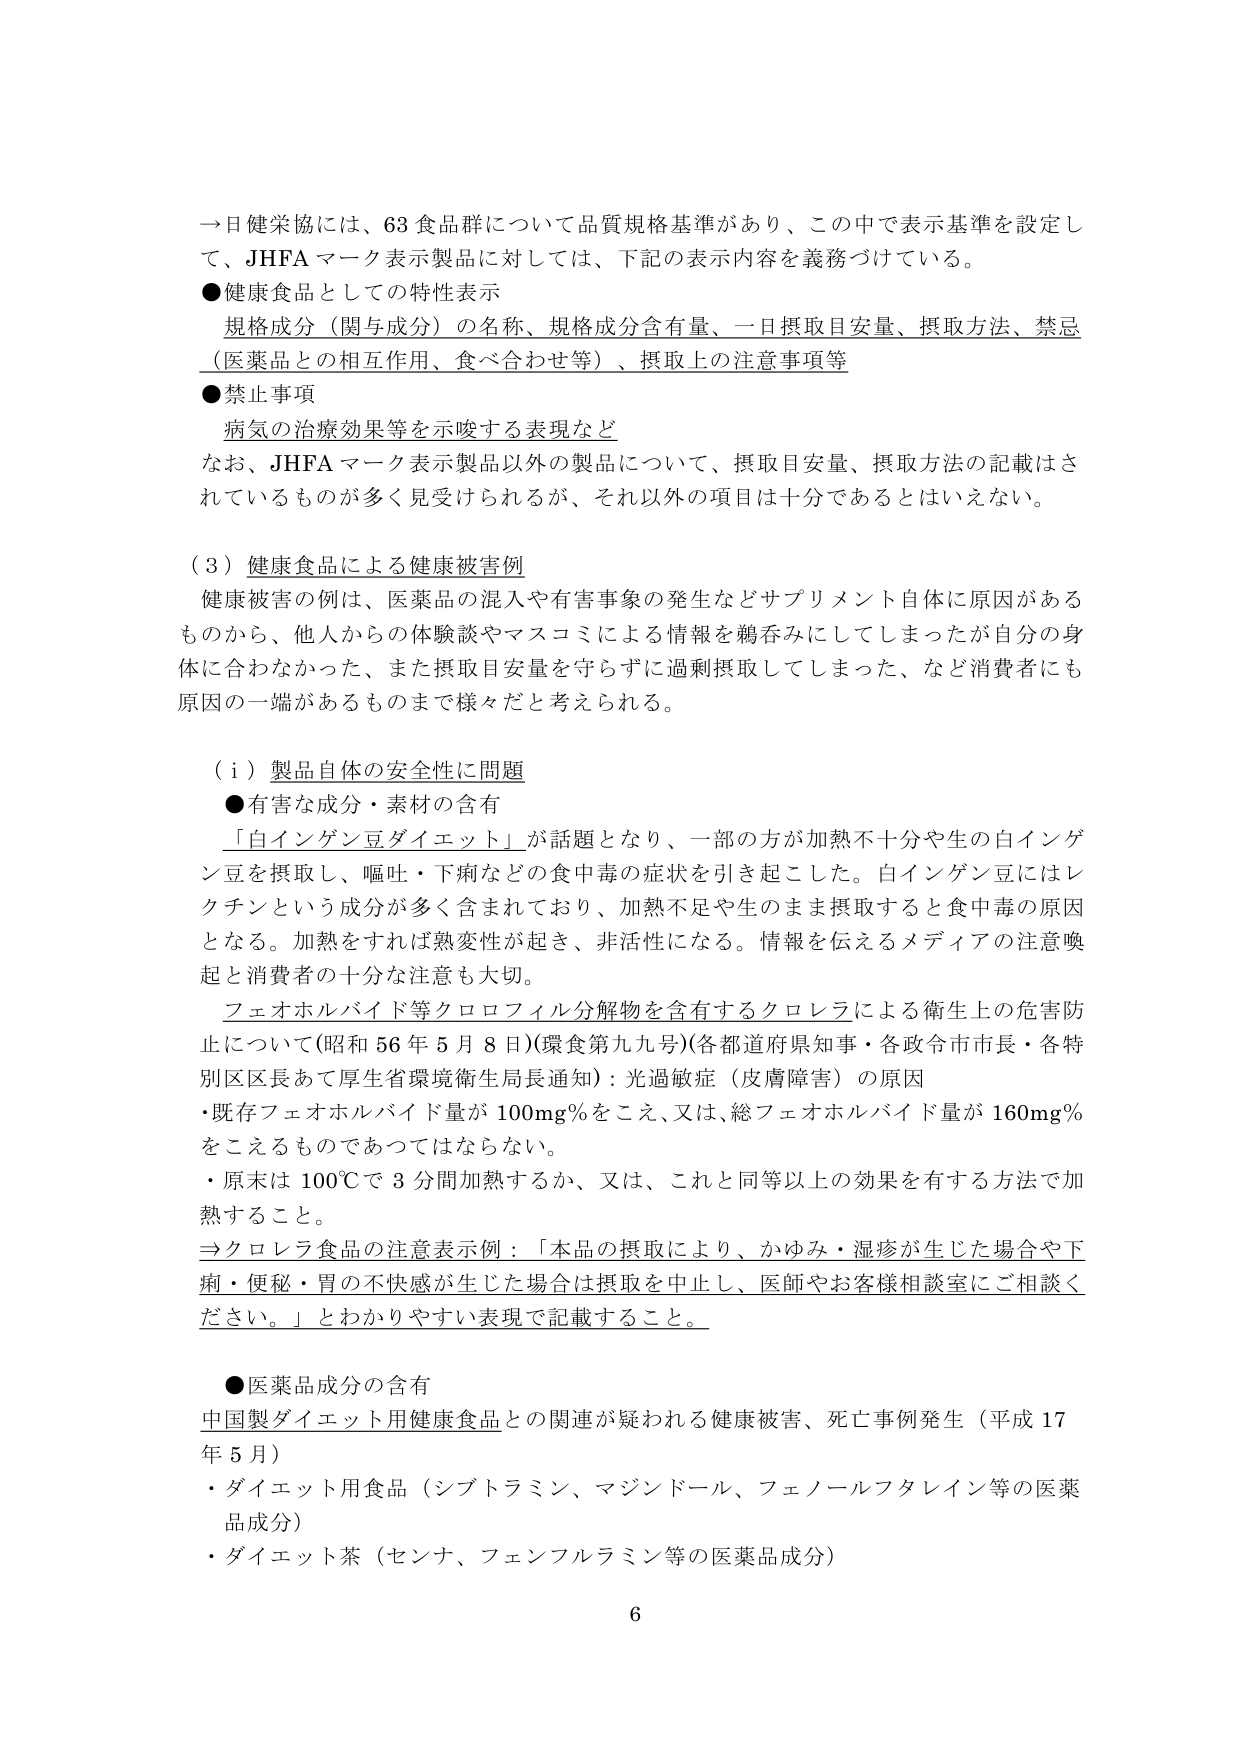
→日健生協には、63食品群について品質規格基準があり、この中で表示基準を設定して、JHFAマーク表示製品に対しては、下記の表示内容を義務づけている。

●健康食品としての特性表示
　規格成分（関与成分）の名称、規格成分含有量、一日摂取目安量、摂取方法、禁忌（医薬品との相互作用、食べ合わせ等）、摂取上の注意事項等

●禁止事項
　病気の治療効果等を示唆する表現など

なお、JHFAマーク表示製品以外の製品について、摂取目安量、摂取方法の記載はされているものが多く見受けられるが、それ以外の項目は十分であるとはいえない。

（3）健康食品による健康被害例
　健康被害の例は、医薬品の混入や有害事象の発生などサプリメント自体に原因があるものから、他人からの体験談やマスコミによる情報を鵜呑みにしてしまったが自分の身体に合わなかった、また摂取目安量を守らずに過剰摂取してしまった、など消費者にも原因の一端があるものまで様々だと考えられる。

（i）製品自体の安全性に問題
●有害な成分・素材の含有
　「白インゲン豆ダイエット」が話題となり、一部の方が加熱不十分や生の白インゲン豆を摂取し、嘔吐・下痢などの食中毒の症状を引き起こした。白インゲン豆にはレクチンという成分が多く含まれており、加熱不足や生のまま摂取すると食中毒の原因となる。加熱をすれば熟変性が起き、非活性になる。情報を伝えるメディアの注意喚起と消費者の十分な注意も大切。

　フェオホルバイド等クロロフィル分解物を含有するクロレラによる衛生上の危害防止について（昭和56年5月8日）（環食第九九号）（各都道府県知事・各政令市市長・各特別区区長あて厚生省環境衛生局長通知）：光過敏症（皮膚障害）の原因
・既存フェオホルバイド量が100mg％をこえ、又は、総フェオホルバイド量が160mg％をこえるものであってはならない。
・原末は100℃で3分間加熱するか、又は、これと同等以上の効果を有する方法で加熱すること。

→クロレラ食品の注意表示例：「本品の摂取により、かゆみ・湿疹が生じた場合や下痢・便秘・胃の不快感が生じた場合は摂取を中止し、医師やお客様相談室にご相談ください。」とわかりやすい表現で記載すること。

●医薬品成分の含有
　中国製ダイエット用健康食品との関連が疑われる健康被害、死亡事例発生（平成17年5月）
・ダイエット用食品（シブトラミン、マジンドール、フェノールフタレイン等の医薬品成分）
・ダイエット茶（センナ、フェンフルラミン等の医薬品成分）

6